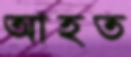
আহত